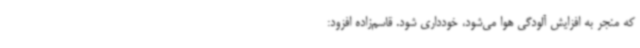
که منجر به افزایش آلودگی هوا می‌شود، خودداری شود. قاسم‌زاده افزود: